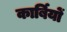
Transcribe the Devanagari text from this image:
कार्बियों